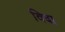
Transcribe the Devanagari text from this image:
विदा